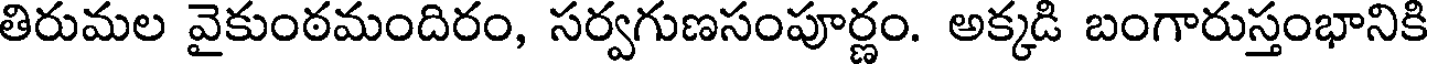
తిరుమల వైకుంఠమందిరం, సర్వగుణసంపూర్ణం. అక్కడి బంగారుస్తంభానికి